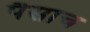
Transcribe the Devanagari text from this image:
पैसाच